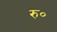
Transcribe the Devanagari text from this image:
रु॰